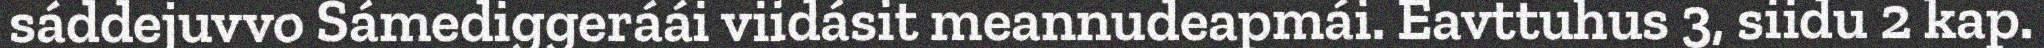
sáddejuvvo Sámediggeráái viidásit meannudeapmái. Eavttuhus 3, siidu 2 kap.